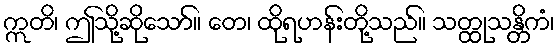
ဣတိ၊ ဤသို့ဆိုသော်။ တေ၊ ထိုရဟန်းတို့သည်။ သတ္ထုသန္တိကံ၊